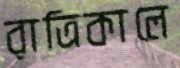
রাত্রিকালে